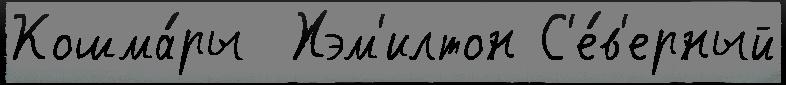
Кошма́ры  Хэм'илтон С'е́в'ерный